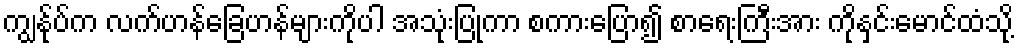
ကျွန်ုပ်က လက်ဟန်ခြေဟန်များကိုပါ အသုံးပြုကာ စကားပြော၍ စာရေးကြီးအား ကိုနှင်းမောင်ထံသို့